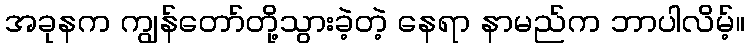
အခုနက ကျွန်တော်တို့သွားခဲ့တဲ့ နေရာ နာမည်က ဘာပါလိမ့်။